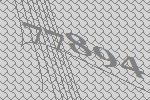
77894